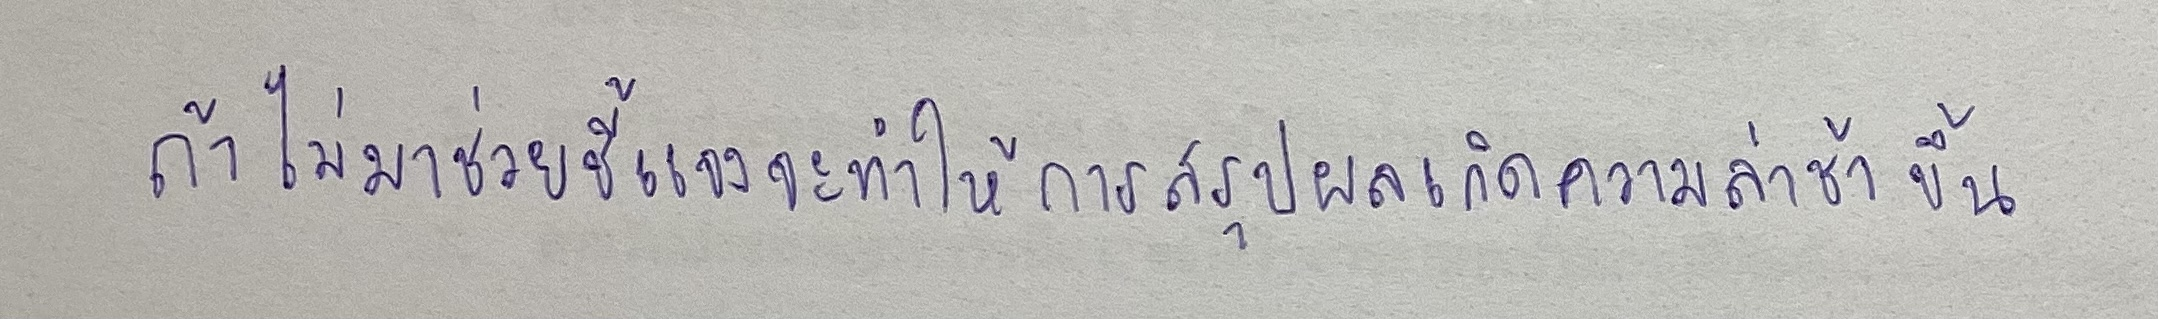
ถ้าไม่มาช่วยชี้แจงจะทำให้การสรุปผลเกิดความล่าช้าขึ้น